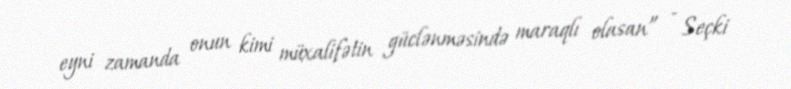
eyni zamanda onun kimi müxalifətin güclənməsində maraqlı olasan” - Seçki